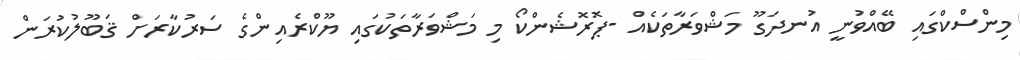
މިންސްކްގައި ބޭއްވުނީ އުނދަގޫ މަޝްވަރާތަކެއް -ޕޮރޮޝެންކޯ މި މަޝްވަރާތަކުގައި ޔޫކްރެއިންގެ ސަރުކާރަށް ޤަބޫލުކުރަން